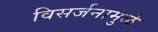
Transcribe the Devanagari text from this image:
विसर्जनामुळे